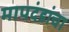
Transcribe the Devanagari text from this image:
मापदंडांचा